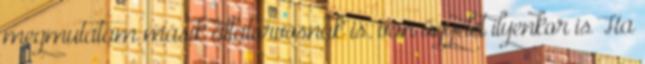
megmutatám másik állatorvosnak is. van ügyelet ilyenkor is Ha